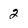
Character: 2